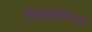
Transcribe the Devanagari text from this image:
निर्मूलनावर